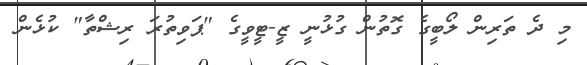
މި ދެ ތަރިން ލޯބީގެ ގޮތުން ގުޅުނީ ޒީ-ޓީވީގެ "ޕަވިތުރަ ރިޝްތާ" ކުޅެން